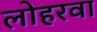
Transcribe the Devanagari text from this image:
लोहरवा